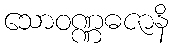
သောဝဏ္ဏဓဇာနိ